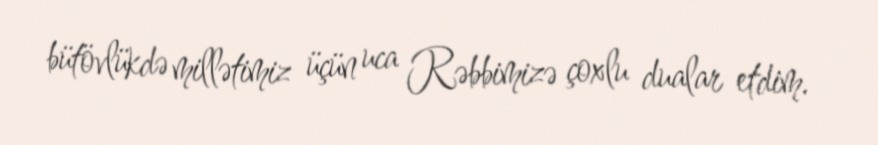
bütövlükdə millətimiz üçün uca Rəbbimizə çoxlu dualar etdim.